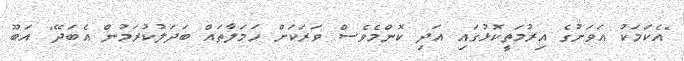
"އެކަމަކު އަވަށުގެ އިރުމަތީކޮޅުގައި އަދި ކޮންމެވެސް ވަރަކަށް ހަމަލާތައް ބަދަލުކުރަމުން އެބަދޭ" އަބޫ